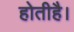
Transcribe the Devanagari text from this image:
होतीहै।